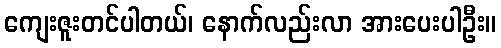
ကျေးဇူးတင်ပါတယ်၊ နောက်လည်းလာ အားပေးပါဦး။